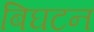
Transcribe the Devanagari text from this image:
बिघटन